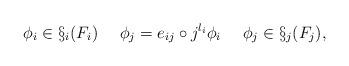
LaTeX: \begin{align*}\phi_i \in \S_i(F_i) ~~~~\phi_j = e_{ij}\circ j^{l_i}\phi_i ~~~~\phi_j \in \S_j(F_j) ,\end{align*}